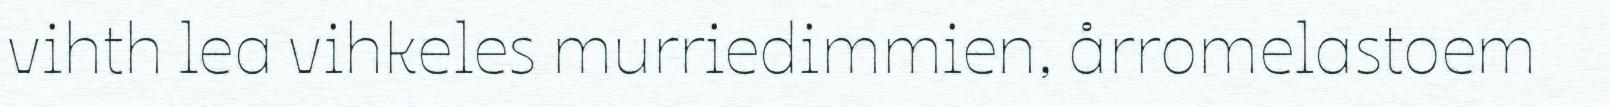
vihth lea vihkeles murriedimmien, årromelastoem